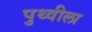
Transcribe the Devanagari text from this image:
पुथ्वीला